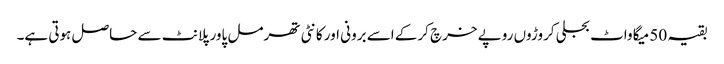
بقیہ 50 میگا واٹ بجلی کروڑوں روپے خرچ کرکے اسے برونی اور کانٹی تھرمل پاور پلانٹ سے حاصل ہوتی ہے۔